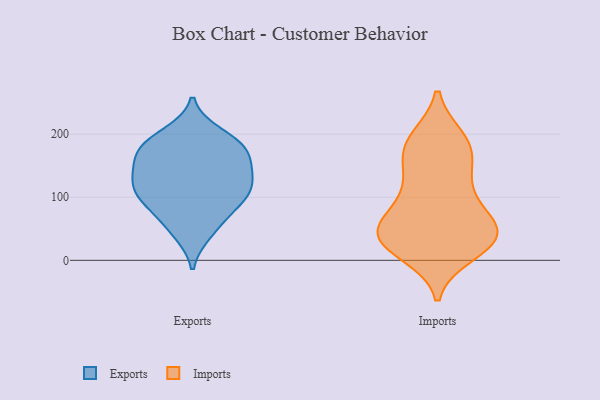
{"axis": {"x": "Active Users", "y": "Value"}, "legend": ["Exports", "Imports"], "data": [{"x": "", "y": 134, "type": "Exports"}, {"x": "", "y": 171, "type": "Exports"}, {"x": "", "y": 186, "type": "Exports"}, {"x": "", "y": 181, "type": "Exports"}, {"x": "", "y": 127, "type": "Exports"}, {"x": "", "y": 148, "type": "Exports"}, {"x": "", "y": 113, "type": "Exports"}, {"x": "", "y": 92, "type": "Exports"}, {"x": "", "y": 109, "type": "Exports"}, {"x": "", "y": 44, "type": "Exports"}, {"x": "", "y": 200, "type": "Exports"}, {"x": "", "y": 152, "type": "Exports"}, {"x": "", "y": 85, "type": "Exports"}, {"x": "", "y": 181, "type": "Exports"}, {"x": "", "y": 104, "type": "Exports"}, {"x": "", "y": 55, "type": "Exports"}, {"x": "", "y": 60, "type": "Imports"}, {"x": "", "y": 149, "type": "Imports"}, {"x": "", "y": 193, "type": "Imports"}, {"x": "", "y": 25, "type": "Imports"}, {"x": "", "y": 106, "type": "Imports"}, {"x": "", "y": 31, "type": "Imports"}, {"x": "", "y": 48, "type": "Imports"}, {"x": "", "y": 188, "type": "Imports"}, {"x": "", "y": 117, "type": "Imports"}, {"x": "", "y": 51, "type": "Imports"}, {"x": "", "y": 11, "type": "Imports"}, {"x": "", "y": 176, "type": "Imports"}, {"x": "", "y": 157, "type": "Imports"}, {"x": "", "y": 39, "type": "Imports"}, {"x": "", "y": 23, "type": "Imports"}, {"x": "", "y": 189, "type": "Imports"}, {"x": "", "y": 99, "type": "Imports"}, {"x": "", "y": 57, "type": "Imports"}, {"x": "", "y": 27, "type": "Imports"}, {"x": "", "y": 55, "type": "Imports"}]}